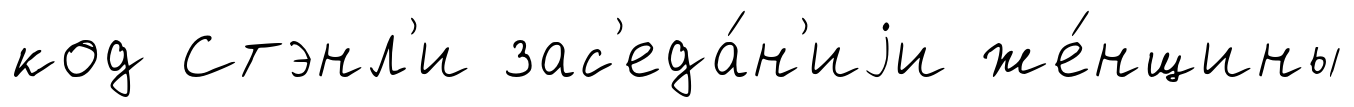
код Стэнл'и зас'еда́н'иjи же́нщины